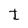
Character: t